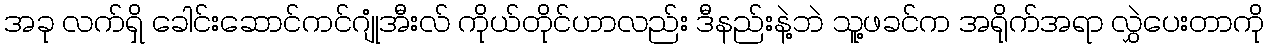
အခု လက်ရှိ ခေါင်းဆောင်ကင်ဂျုံအီးလ် ကိုယ်တိုင်ဟာလည်း ဒီနည်းနဲ့ဘဲ သူ့ဖခင်က အရိုက်အရာ လွှဲပေးတာကို